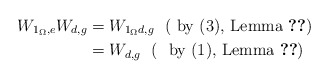
\begin{align*} W_{1_{\Omega},e}W_{d,g}&=W_{1_{\Omega}d,g}~~ (\textrm{ by $(3)$, Lemma \ref{Relations})} \\ &=W_{d,g}~~ (~~\textrm{by $(1)$, Lemma \ref{Relations})} \end{align*}